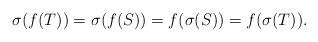
LaTeX: \begin{align*} \sigma(f(T))=\sigma(f(S))=f(\sigma(S))=f(\sigma(T)).\end{align*}